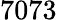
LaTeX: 7073